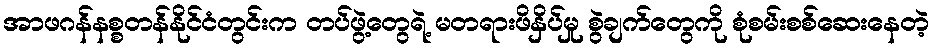
အာဖဂန်နစ္စတန်နိုင်ငံတွင်းက တပ်ဖွဲ့တွေရဲ့ မတရားဖိနှိပ်မှု စွဲချက်တွေကို စုံစမ်းစစ်ဆေးနေတဲ့